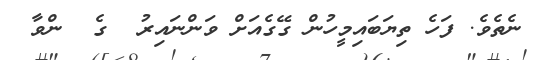
ނެތެވެ. ފަހެ ތިޔަބައިމީހުން ގޭގެއަށް ވަންނައިރު  ގެ  ންވާ